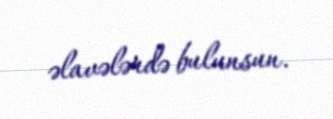
əlavələrdə bulunsun.